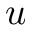
u